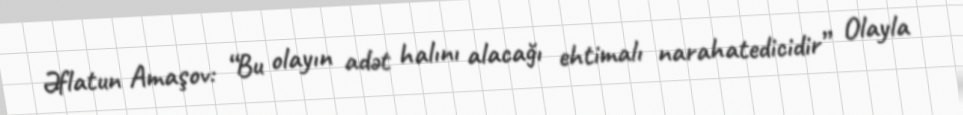
Əflatun Amaşov: “Bu olayın adət halını alacağı ehtimalı narahatedicidir” Olayla